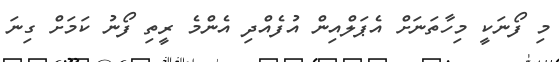
މި ފޯނަކީ މިހާތަނަށް އެޕަލްއިން އުފެއްދި އެންމެ ރީތި ފޯނު ކަމަށް ގިނަ